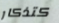
كتذكار